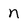
Character: n